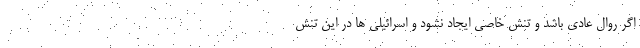
اگر روال عادی باشد و تنش خاصی ایجاد نشود و اسرائیلی ها در این تنش